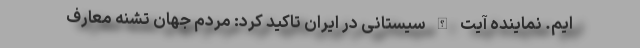
ایم. نماینده آیت الله سیستانی در ایران تاکید کرد: مردم جهان تشنه معارف